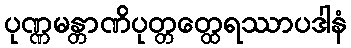
ပုဏ္ဏမန္တာဏိပုတ္တတ္ထေရဿာပဒါနံ